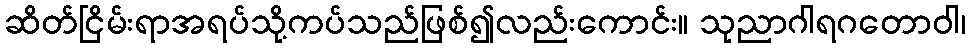
ဆိတ်ငြိမ်းရာအရပ်သို့ကပ်သည်ဖြစ်၍လည်းကောင်း။ သုညာဂါရဂတောဝါ၊